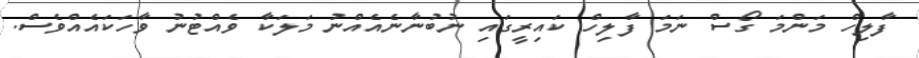
ފާލިހް މަންމަ ގޯސް ނަމަ ފާލިހް ކައިރީގައި ނުބުނާނެއެއްނު މަލަކާ ވެއްޓުނު ވާހަކައެއްވެސް.